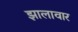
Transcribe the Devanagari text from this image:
झालावार